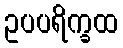
ဥပပရိက္ခထ